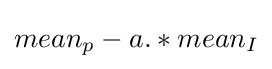
mean_{p}-a.*mean_{I}